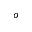
^ o